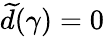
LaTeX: \widetilde d(\gamma)=0